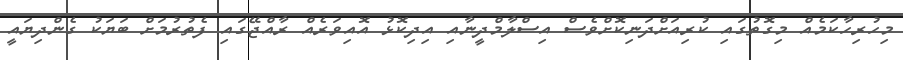
މިހުރިހާކަމެއް މިގޮތުގައި ކުރިއަށްދަނިކޮށްވެސް އިސްލާމްދީނާއި އިދިކޮޅު އޮއިވަރެއް ރާއްޖޭގައި ފެތުރުމަށް ބަޔަކު ގެންދިޔައީ